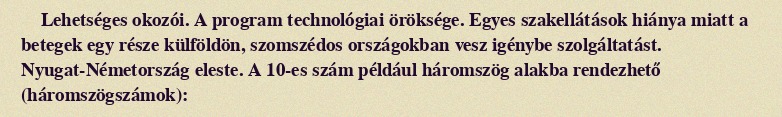
Lehetséges okozói. A program technológiai öröksége. Egyes szakellátások hiánya miatt a betegek egy része külföldön, szomszédos országokban vesz igénybe szolgáltatást. Nyugat-Németország eleste. A 10-es szám például háromszög alakba rendezhető (háromszögszámok):